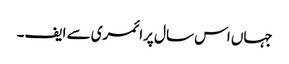
جہاں اس سال پرائمری سے ایف۔